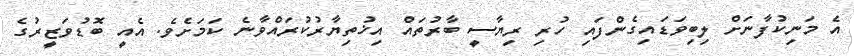
އެ މަނިކުފާނަށް ލިބިވަޑައިގެންފައި ހުރި ރިޔާސީ ބާރުތައް އިޚުތިޔާރުކުރައްވާނެ ކަމަށެވެ. އެއީ ބޮޑުވަޒީރުގެ